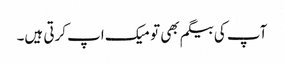
آپ کی بیگم بھی تو میک اپ کرتی ہیں۔